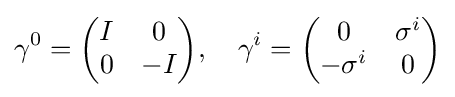
\gamma ^{0}={\begin{pmatrix}I&0\\0&-I\end{pmatrix}},\quad \gamma ^{i}={\begin{pmatrix}0&\sigma ^{i}\\-\sigma ^{i}&0\end{pmatrix}}